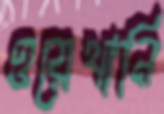
ওয়েথানি